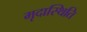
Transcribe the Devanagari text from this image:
मृदास्थिति